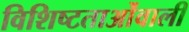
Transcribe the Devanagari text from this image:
विशिष्टताओंवाली